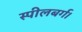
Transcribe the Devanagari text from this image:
स्पीलबर्ग।